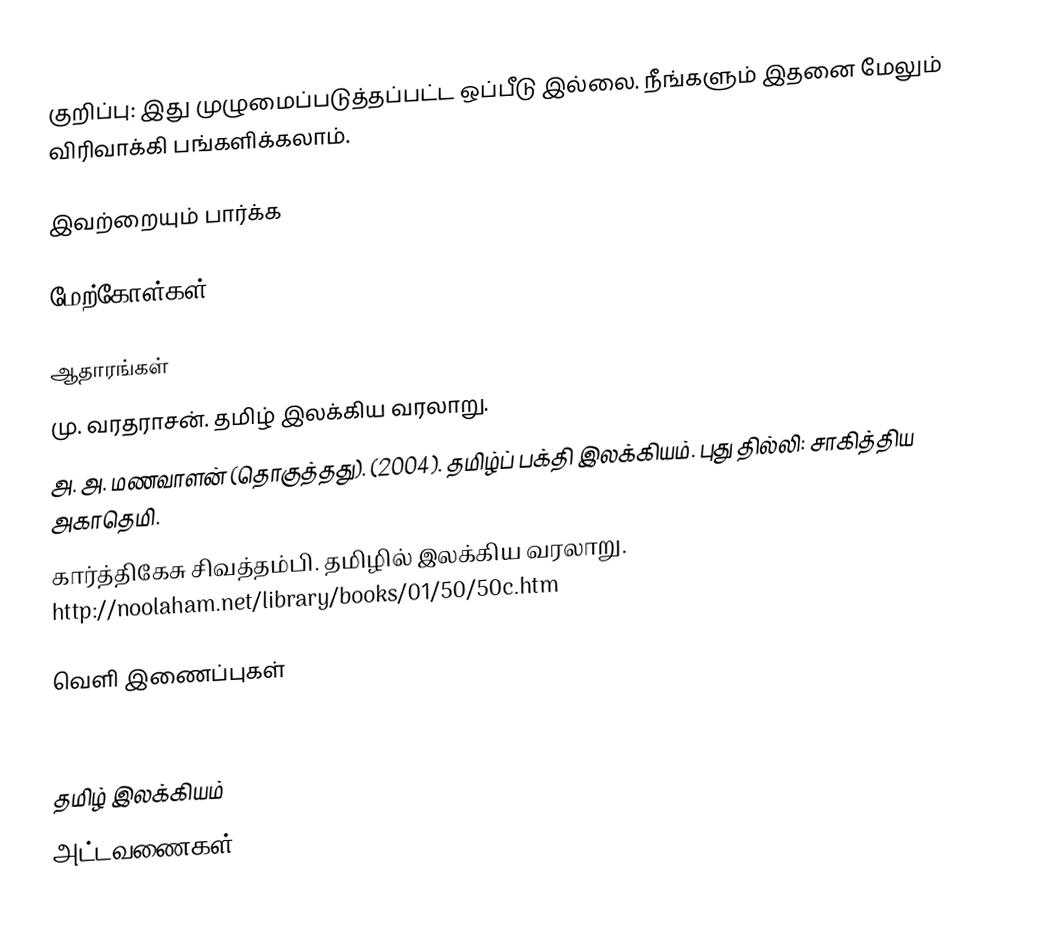
குறிப்பு: இது முழுமைப்படுத்தப்பட்ட ஒப்பீடு இல்லை. நீங்களும் இதனை மேலும் விரிவாக்கி பங்களிக்கலாம்.

இவற்றையும் பார்க்க

மேற்கோள்கள்

ஆதாரங்கள்
 மு. வரதராசன். தமிழ் இலக்கிய வரலாறு.
 அ. அ. மணவாளன் (தொகுத்தது). (2004). தமிழ்ப் பக்தி இலக்கியம். புது தில்லி: சாகித்திய அகாதெமி.
 கார்த்திகேசு சிவத்தம்பி. தமிழில் இலக்கிய வரலாறு.  http://noolaham.net/library/books/01/50/50c.htm

வெளி இணைப்புகள்

தமிழ் இலக்கியம்
அட்டவணைகள்